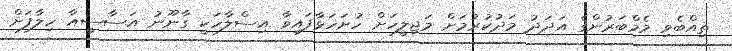
ތިއްބެވި މެމްބަރުންގެ އަދަދު މަދުކުރުމަށް މަޖިލީހަށް ހުށަހަޅާފައިވާ އިސްލާހަކީ ގާނޫނު އަސާސީއާ ހިލާފަށް